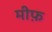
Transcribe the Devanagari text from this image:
मीफ़